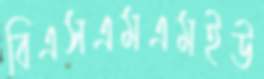
বিএসএমএমইউ